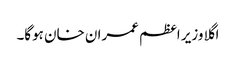
اگلا وزیر اعظم عمران خان ہوگا۔